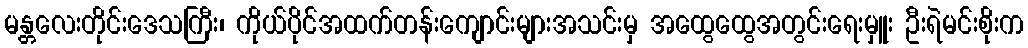
မန္တလေးတိုင်းဒေသကြီး၊ ကိုယ်ပိုင်အထက်တန်းကျောင်းများအသင်းမှ အထွေထွေအတွင်းရေးမှူး ဦးရဲမင်းစိုးက